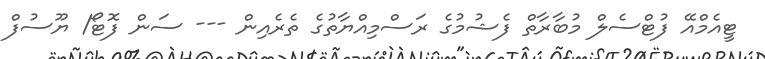
ޓީއެމްއޭ ފުޓްސެލް މުބާރާތް ފެޝުމުގެ ރަސްމިއްޔާތުގެ ތެރެއިން --- ސަން ފޮޓޯ/ ޔޫސުފް